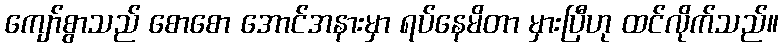
ကျော်စွာသည် စောစော အောင်အနားမှာ ရပ်နေမိတာ မှားပြီဟု ထင်လိုက်သည်။